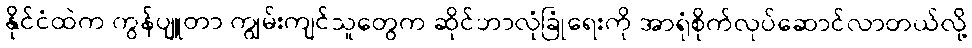
နိုင်ငံထဲက ကွန်ပျူတာ ကျွမ်းကျင်သူတွေက ဆိုင်ဘာလုံခြုံရေးကို အာရုံစိုက်လုပ်ဆောင်လာတယ်လို့